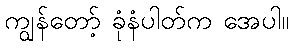
ကျွန်တော့် ခုံနံပါတ်က အေပါ။